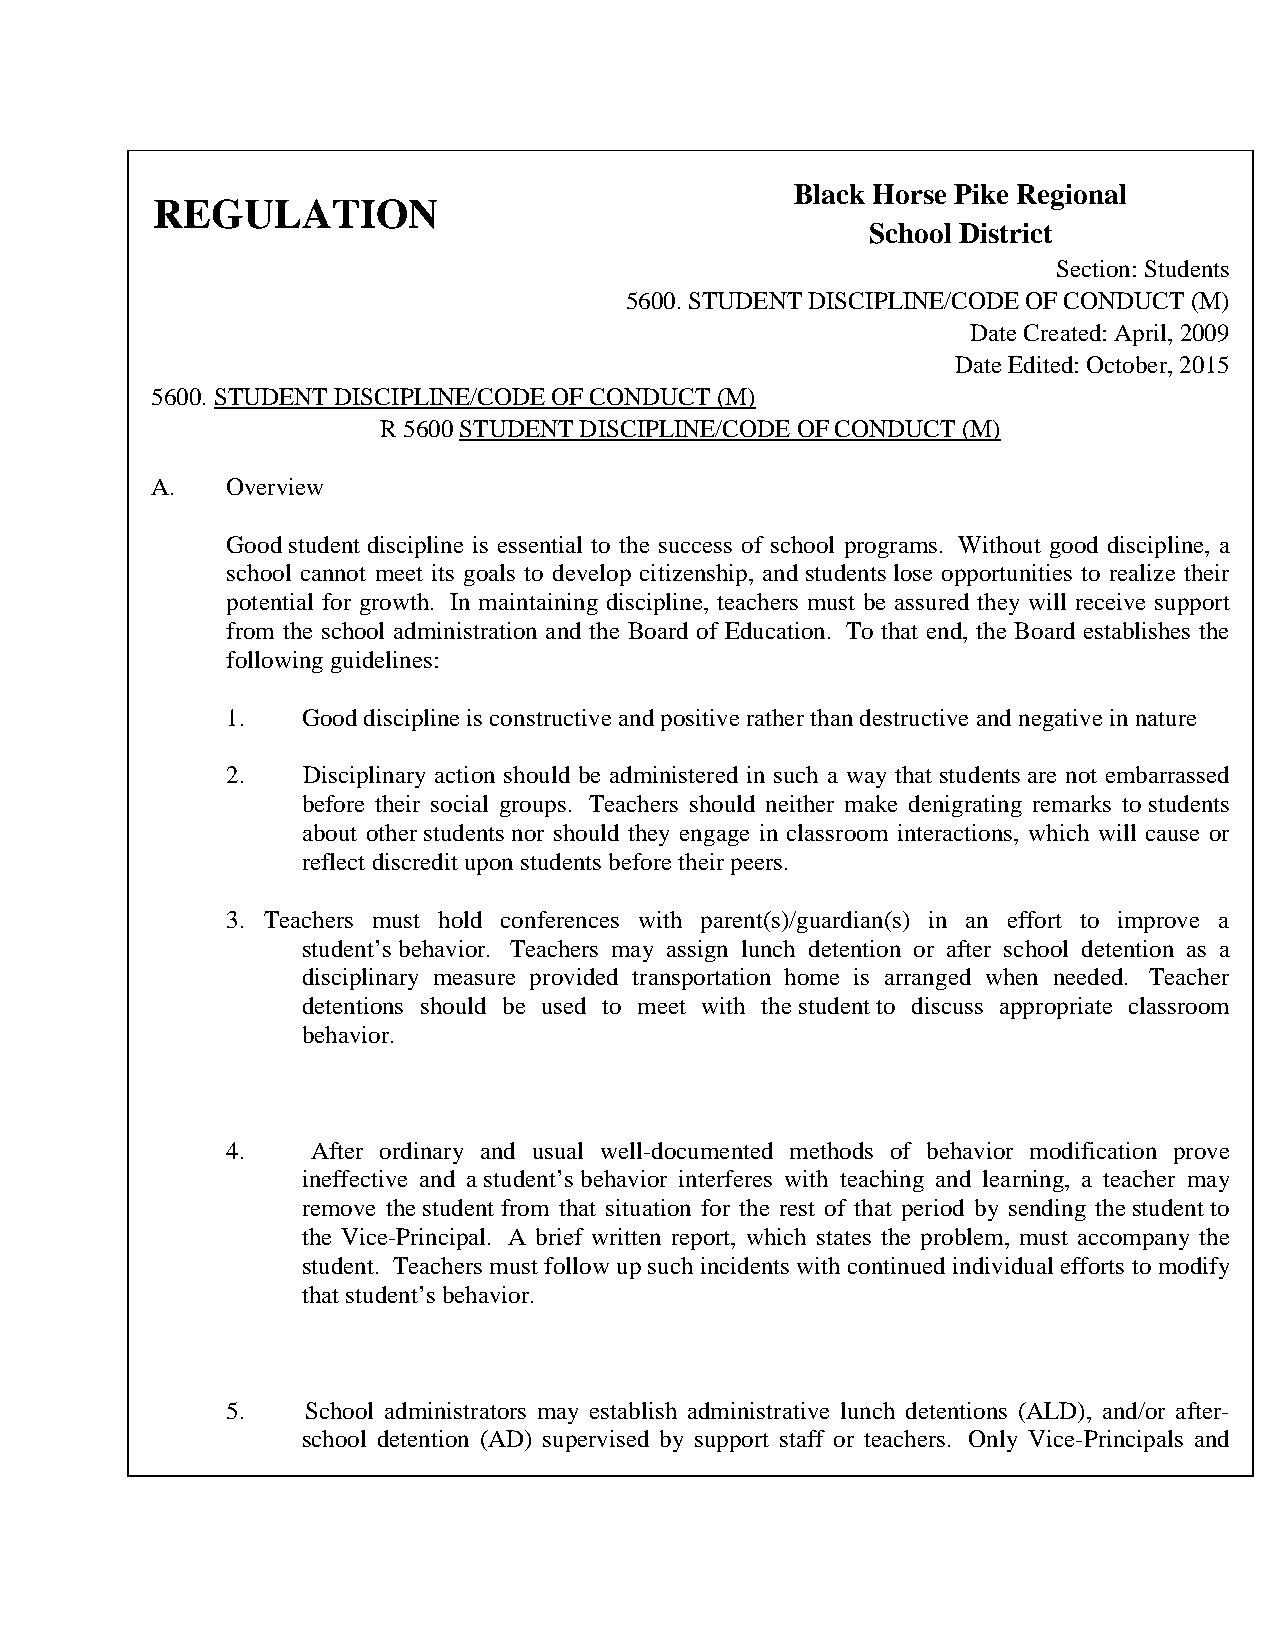
Black Horse Pike Regional
 REGULATION
 School District
 Section: Students
 5600. STUDENT DISCIPLINE/CODE OF CONDUCT (M)
 Date Created: April, 2009
 Date Edited: October, 2015
 5600. STUDENT DISCIPLINE/CODE OF CONDUCT (M)
 R 5600 STUDENT DISCIPLINE/CODE OF CONDUCT (M)
 A.   Overview
 Good student discipline is essential to the success of school programs. Without good discipline, a
 school cannot meet its goals to develop citizenship, and students lose opportunities to realize their
 potential for growth. In maintaining discipline, teachers must be assured they will receive support
 from the school administration and the Board of Education. To that end, the Board establishes the
 following guidelines:
 1.   Good discipline is constructive and positive rather than destructive and negative in nature
 2.   Disciplinary action should be administered in such a way that students are not embarrassed
 before their social groups. Teachers should neither make denigrating remarks to students
 about other students nor should they engage in classroom interactions, which will cause or
 reflect discredit upon students before their peers.
 3. Teachers must hold conferences with parent(s)/guardian(s) in an effort to improve a
 student’s behavior. Teachers may assign lunch detention or after school detention as a
 disciplinary measure provided transportation home is arranged when needed. Teacher
 detentions should be used to meet with the student to discuss appropriate classroom
 behavior.
 4.    After ordinary and usual well-documented methods of behavior modification prove
 ineffective and a student’s behavior interferes with teaching and learning, a teacher may
 remove the student from that situation for the rest of that period by sending the student to
 the Vice-Principal. A brief written report, which states the problem, must accompany the
 student. Teachers must follow up such incidents with continued individual efforts to modify
 that student’s behavior.
 5.   School administrators may establish administrative lunch detentions (ALD), and/or after-
 school detention (AD) supervised by support staff or teachers. Only Vice-Principals and